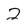
Character: 2